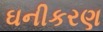
ઘનીકરણ